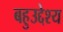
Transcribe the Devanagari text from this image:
बहुउद्देश्य